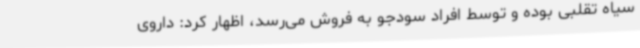
سیاه تقلبی بوده و توسط افراد سودجو به فروش می‌رسد، اظهار کرد: داروی